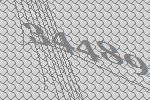
34489